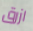
ازرق